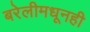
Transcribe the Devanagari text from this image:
बरेलीमधूनही